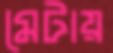
মেটায়